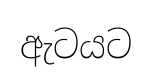
ඇටයට